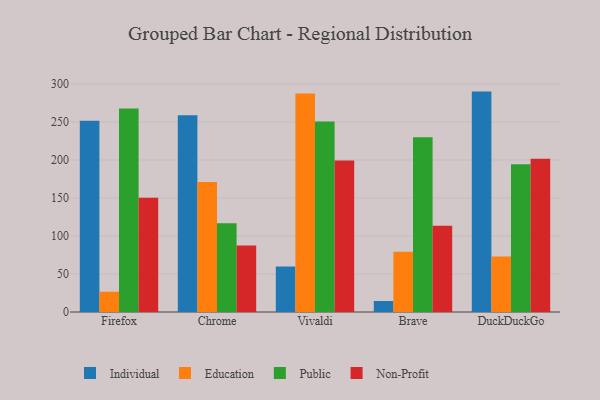
{"axis": {"x": "Browser", "y": "Page Views"}, "legend": ["Education", "Individual", "Non-Profit", "Public"], "data": [{"x": "Firefox", "y": 251.6, "type": "Individual"}, {"x": "Firefox", "y": 26.7, "type": "Education"}, {"x": "Firefox", "y": 267.9, "type": "Public"}, {"x": "Firefox", "y": 150.3, "type": "Non-Profit"}, {"x": "Chrome", "y": 258.9, "type": "Individual"}, {"x": "Chrome", "y": 170.9, "type": "Education"}, {"x": "Chrome", "y": 116.9, "type": "Public"}, {"x": "Chrome", "y": 87.5, "type": "Non-Profit"}, {"x": "Vivaldi", "y": 59.8, "type": "Individual"}, {"x": "Vivaldi", "y": 287.6, "type": "Education"}, {"x": "Vivaldi", "y": 250.6, "type": "Public"}, {"x": "Vivaldi", "y": 199.4, "type": "Non-Profit"}, {"x": "Brave", "y": 14.5, "type": "Individual"}, {"x": "Brave", "y": 79.3, "type": "Education"}, {"x": "Brave", "y": 230.0, "type": "Public"}, {"x": "Brave", "y": 113.5, "type": "Non-Profit"}, {"x": "DuckDuckGo", "y": 290.0, "type": "Individual"}, {"x": "DuckDuckGo", "y": 72.9, "type": "Education"}, {"x": "DuckDuckGo", "y": 194.4, "type": "Public"}, {"x": "DuckDuckGo", "y": 201.6, "type": "Non-Profit"}]}